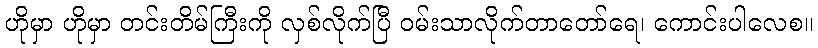
ဟိုမှာ ဟိုမှာ တင်းတိမ်ကြီးကို လှစ်လိုက်ပြီ ဝမ်းသာလိုက်တာတော်ရေ၊ ကောင်းပါလေစ။